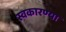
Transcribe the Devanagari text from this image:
स्वकारण्या